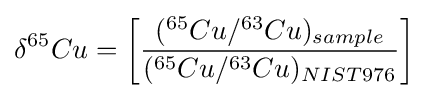
\delta ^{65}Cu=\left[{\frac {(^{65}Cu/^{63}Cu)_{sample}}{(^{65}Cu/^{63}Cu)_{NIST976}}}\right]